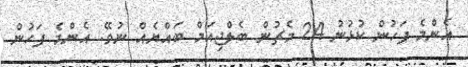
އެންމެ ފަހުން ކުޅުނު 24 މެޗުން ބެލްޖިއަމް ބައްޔެއް ނުވޭ. އެންމެ ފަހުން